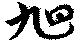
旭